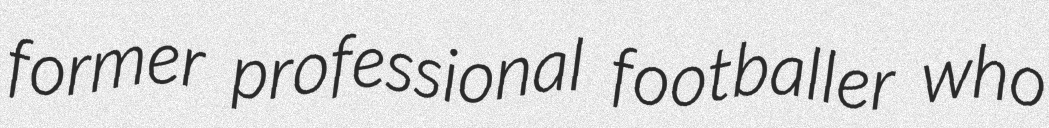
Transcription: former professional footballer who